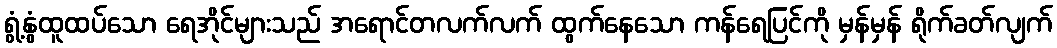
ရွံ့နွံထူထပ်သော ရေအိုင်များသည် အရောင်တလက်လက် ထွက်နေသော ကန်ရေပြင်ကို မှန်မှန် ရိုက်ခတ်လျက်